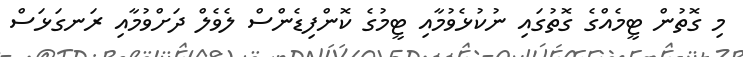
މި ގޮތުން ޓީމެއްގެ ގޮތުގައި ނުކުޅެވުމާއި ޓީމުގެ ކޮންފިޑެންސް ލެވެލް ދަށްވުމާއި ރަނގަޅަސް